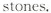
stones.